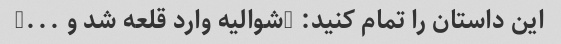
این داستان را تمام کنید: "شوالیه وارد قلعه شد و ..."